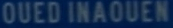
OUEDINAOUEN